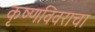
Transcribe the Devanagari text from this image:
कृष्णविवराचा